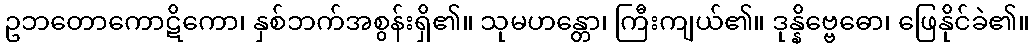
ဥဘတောကောဋိကော၊ နှစ်ဘက်အစွန်းရှိ၏။ သုမဟန္တော၊ ကြီးကျယ်၏။ ဒုန္နိဗ္ဗေဓော၊ ဖြေနိုင်ခဲ၏။